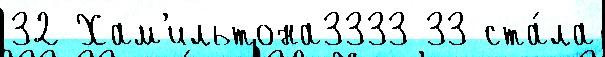
32 Хам'ильтона3333 33 ста́ла